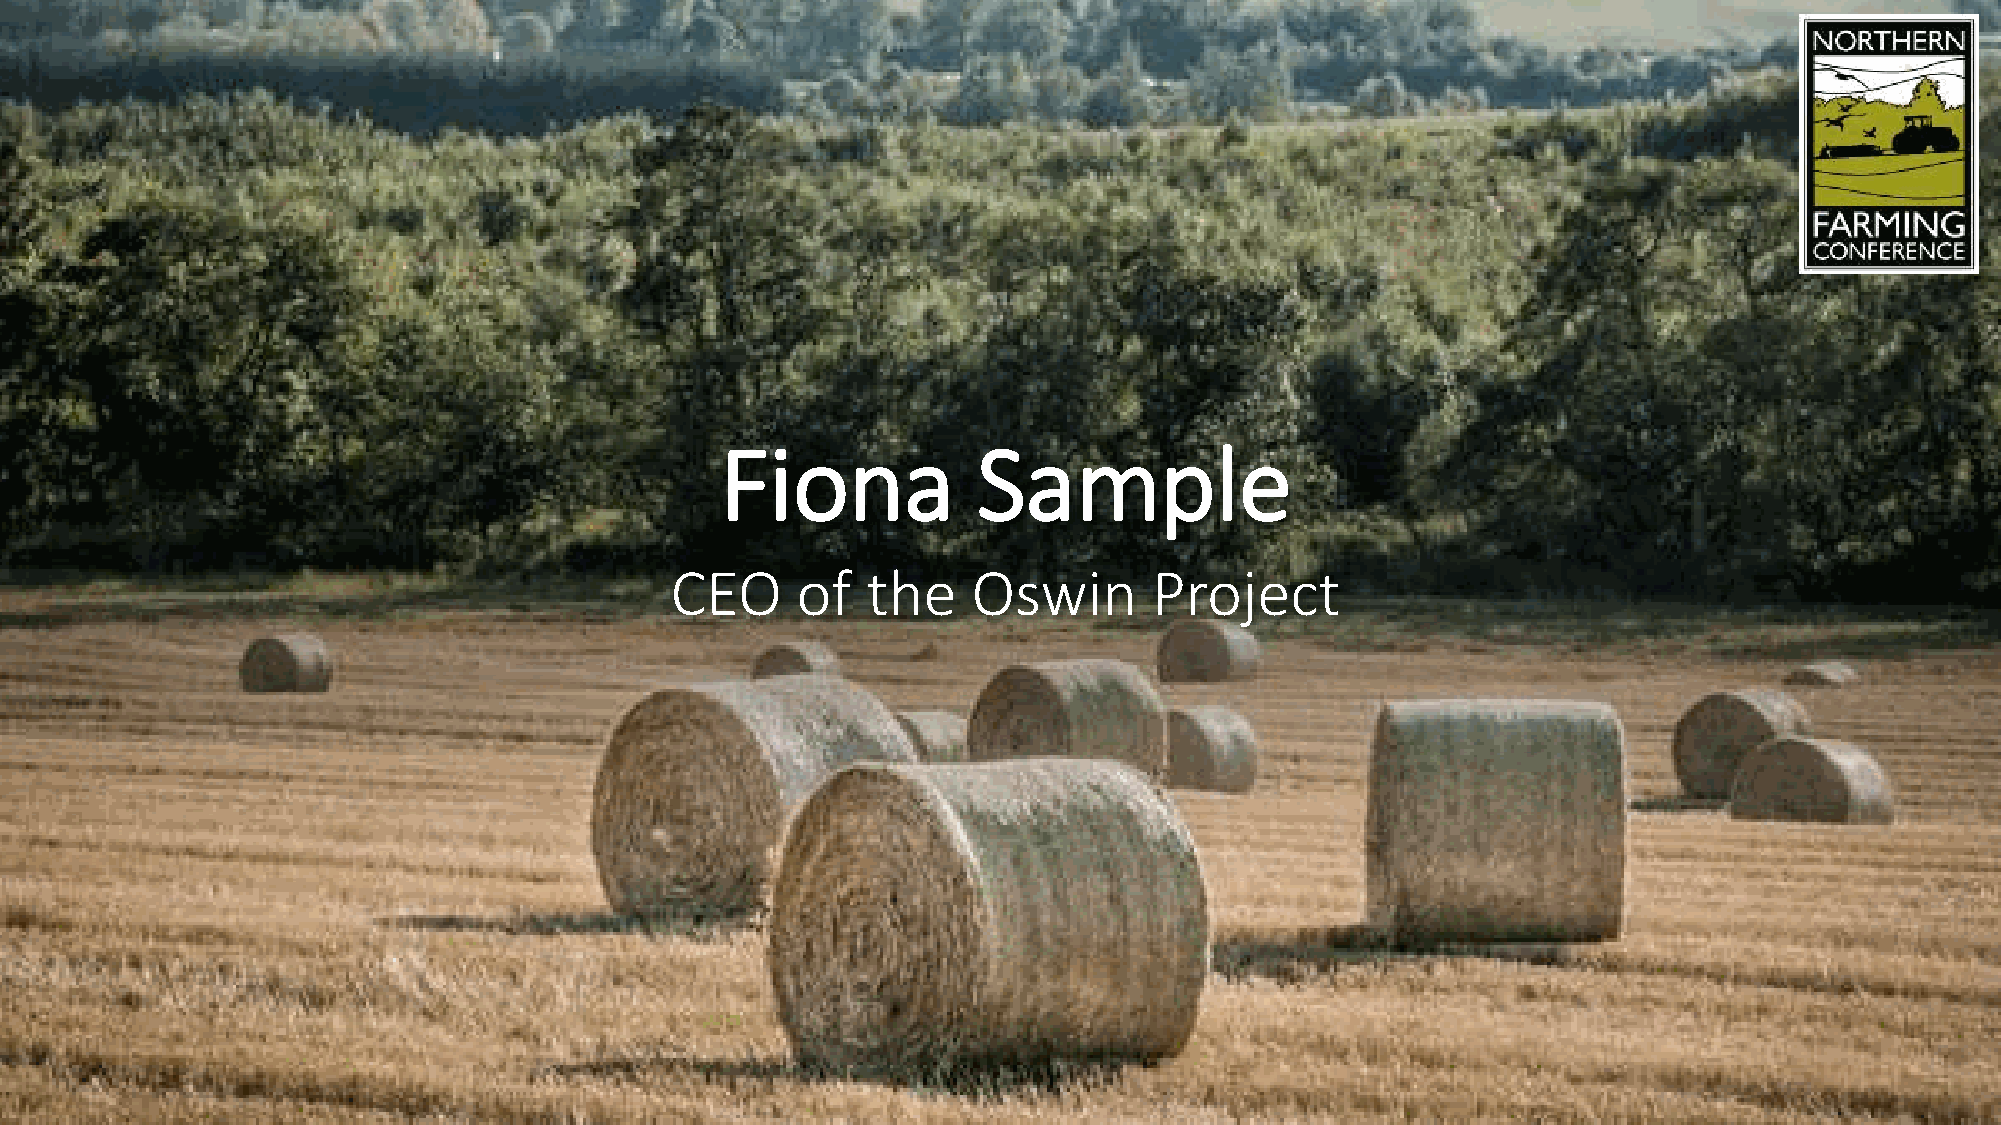
Fiona            Sample
 CEO      of  the    Oswin       Project